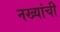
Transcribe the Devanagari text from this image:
नख्यांची